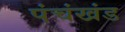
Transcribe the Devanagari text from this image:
पंचंखंड